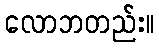
လောဘတည်း။